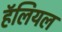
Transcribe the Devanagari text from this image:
हॅलियल